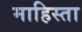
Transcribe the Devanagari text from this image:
माहिस्ता